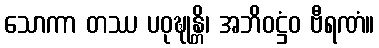
သောကာ တဿ ပဝုဍ္ဎုန္တိ၊ အဘိဝဋ္ဌံဝ ဗီရဏံ။